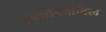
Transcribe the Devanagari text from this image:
इक्सोनमोबिल